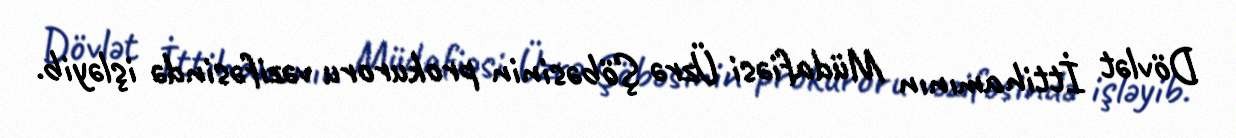
Dövlət İttihamının Müdafiəsi Üzrə Şöbəsinin prokuroru vəzifəsində işləyib.